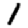
Digit: 1